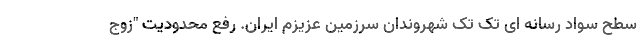
سطح سواد رسانه ای تک تک شهروندان سرزمین عزیزم ایران. رفع محدودیت "زوج